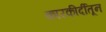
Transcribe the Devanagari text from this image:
कारकीर्दीतून